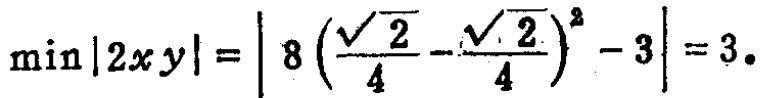
$\min|2xy|=\left|8\left(\frac{\sqrt{2}}{4}-\frac{\sqrt{2}}{4}\right)^{2}-3\right| = 3.$